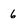
Character: 6